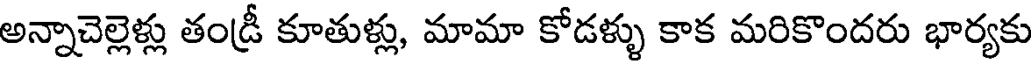
అన్నాచెల్లెళ్లు తండ్రీ కూతుళ్లు, మామా కోడళ్ళు కాక మరికొందరు భార్యకు